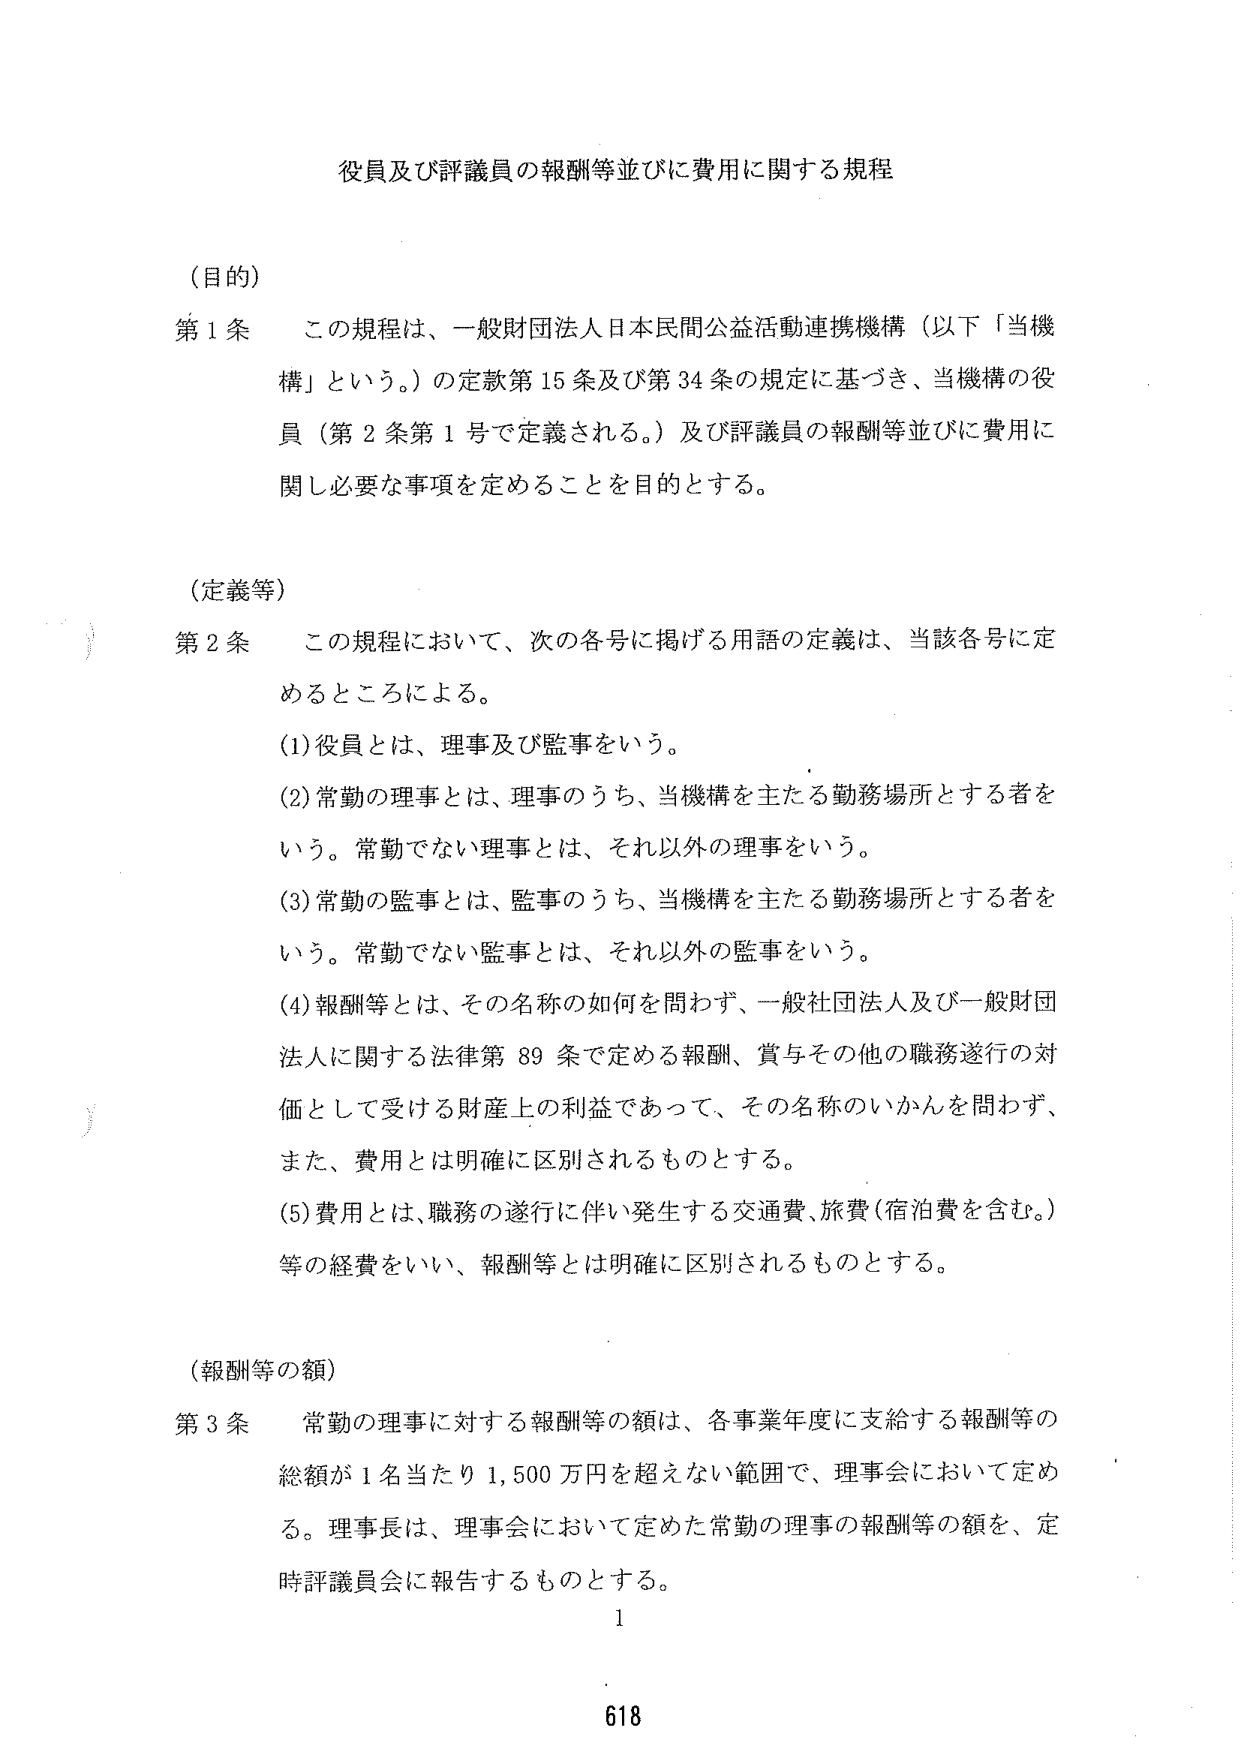
役員及び評議員の報酬等並びに費用に関する規程

（目的）
第１条　この規程は、一般財団法人日本民間公益活動連携機構（以下「当機構」という。）の定款第15条及び第34条の規定に基づき、当機構の役員（第2条第1号で定義される。）及び評議員の報酬等並びに費用に関し必要な事項を定めることを目的とする。

（定義等）
第2条　この規程において、次の各号に掲げる用語の定義は、当該各号に定めるところによる。
(1) 役員とは、理事及び監事をいう。
(2) 常勤の理事とは、理事のうち、当機構を主たる勤務場所とする者をいう。常勤でない理事とは、それ以外の理事をいう。
(3) 常勤の監事とは、監事のうち、当機構を主たる勤務場所とする者をいう。常勤でない監事とは、それ以外の監事をいう。
(4) 報酬等とは、その名称の如何を問わず、一般社団法人及び一般財団法人に関する法律第89条で定める報酬、賞与その他の職務遂行の対価として受ける財産上の利益であって、その名称のいかんを問わず、また、費用とは明確に区別されるものとする。
(5) 費用とは、職務の遂行に伴い発生する交通費、旅費（宿泊費を含む。）等の経費をいい、報酬等とは明確に区別されるものとする。

（報酬等の額）
第3条　常勤の理事に対する報酬等の額は、各事業年度に支給する報酬等の総額が1名当たり1,500万円を超えない範囲で、理事会において定める。理事長は、理事会において定めた常勤の理事の報酬等の額を、定時評議員会に報告するものとする。

1
618